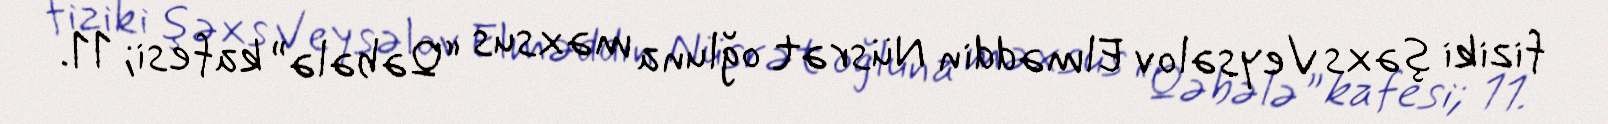
fiziki şəxs Veysəlov Elməddin Nüsrət oğluna məxsus “Qəbələ” kafesi; 11.